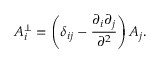
A _ { i } ^ { \bot } = \left( \delta _ { i j } - \frac { \partial _ { i } \partial _ { j } } { \partial ^ { 2 } } \right) A _ { j } .